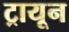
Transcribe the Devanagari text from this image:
ट्रायून